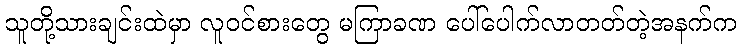
သူတို့သားချင်းထဲမှာ လူဝင်စားတွေ မကြာခဏ ပေါ်ပေါက်လာတတ်တဲ့အနက်က